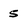
Character: 5